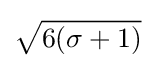
{\sqrt {6(\sigma +1){\vphantom {/}}}}